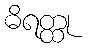
ဓိရတ္ထု